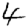
Digit: 4